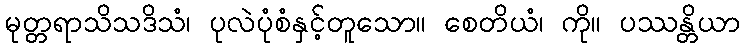
မုတ္တရာသိသဒိသံ၊ ပုလဲပုံစံနှင့်တူသော။ စေတိယံ၊ ကို။ ပဿန္တိယာ